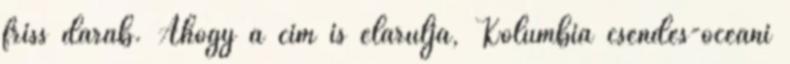
friss darab. Ahogy a cím is elárulja, Kolumbia csendes-óceáni